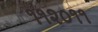
૧૧૨૦૧૧